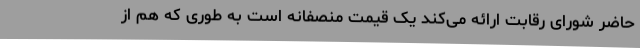
حاضر شورای رقابت ارائه می‌کند یک قیمت منصفانه است به طوری که هم از